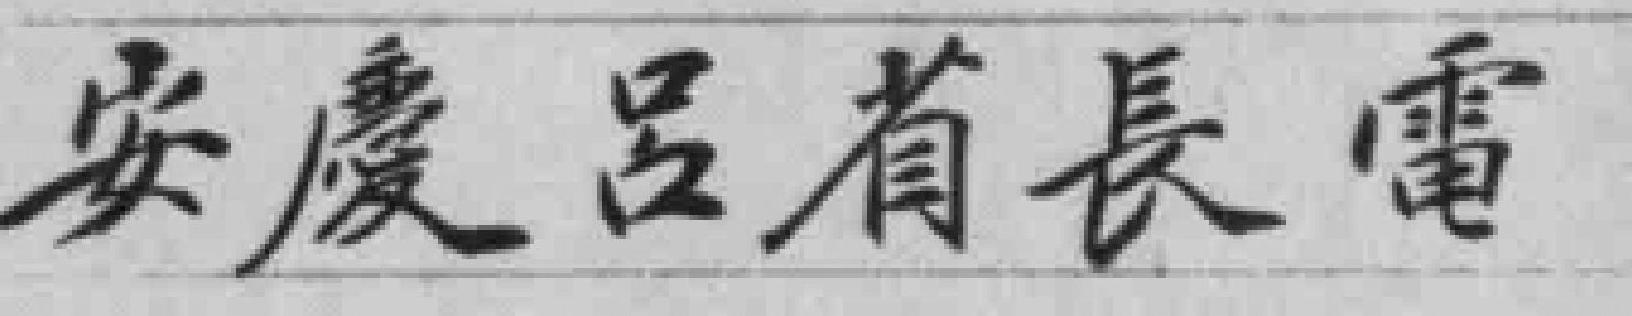
安慶呂省長電